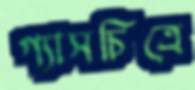
গ্যাসচিত্রে